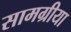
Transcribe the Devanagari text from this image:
सामग्रीया